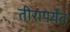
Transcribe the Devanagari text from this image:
तीरापर्यंत